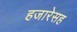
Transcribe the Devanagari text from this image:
हजारेसह